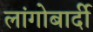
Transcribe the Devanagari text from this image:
लांगोबार्दी